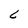
Character: L